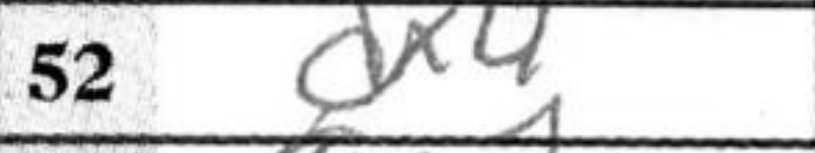
Transcription: dx4